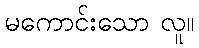
မကောင်းသော လူ။